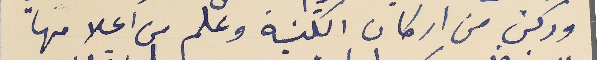
وركن من اركان الكنيسة وعلم من اعلامها